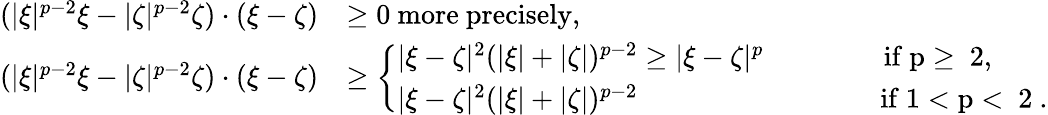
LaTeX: \begin{array}{rl}{(|\xi|^{p-2}\xi-|\zeta|^{p-2}\zeta)\cdot(\xi-\zeta)}&{\ge 0\mathrm{~more~precisely,}}\\ {(|\xi|^{p-2}\xi-|\zeta|^{p-2}\zeta)\cdot(\xi-\zeta)}&{\ge\left\{ \begin{array}{ll}{|\xi-\zeta|^{2}(|\xi|+|\zeta|)^{p-2}\ge|\xi-\zeta|^{p}\qquad\qquad\mathrm{~if~p\ge~2,~}}\\ {|\xi-\zeta|^{2}(|\xi|+|\zeta|)^{p-2}\; \; \; \; \; \; \; \; \; \; \; \; \; \; \; \; \; \; \; \; \; \; \; \; \; \; \; \; \; \; \mathrm{~if~1<p<~2~}.}\end{array}\right.}\end{array}